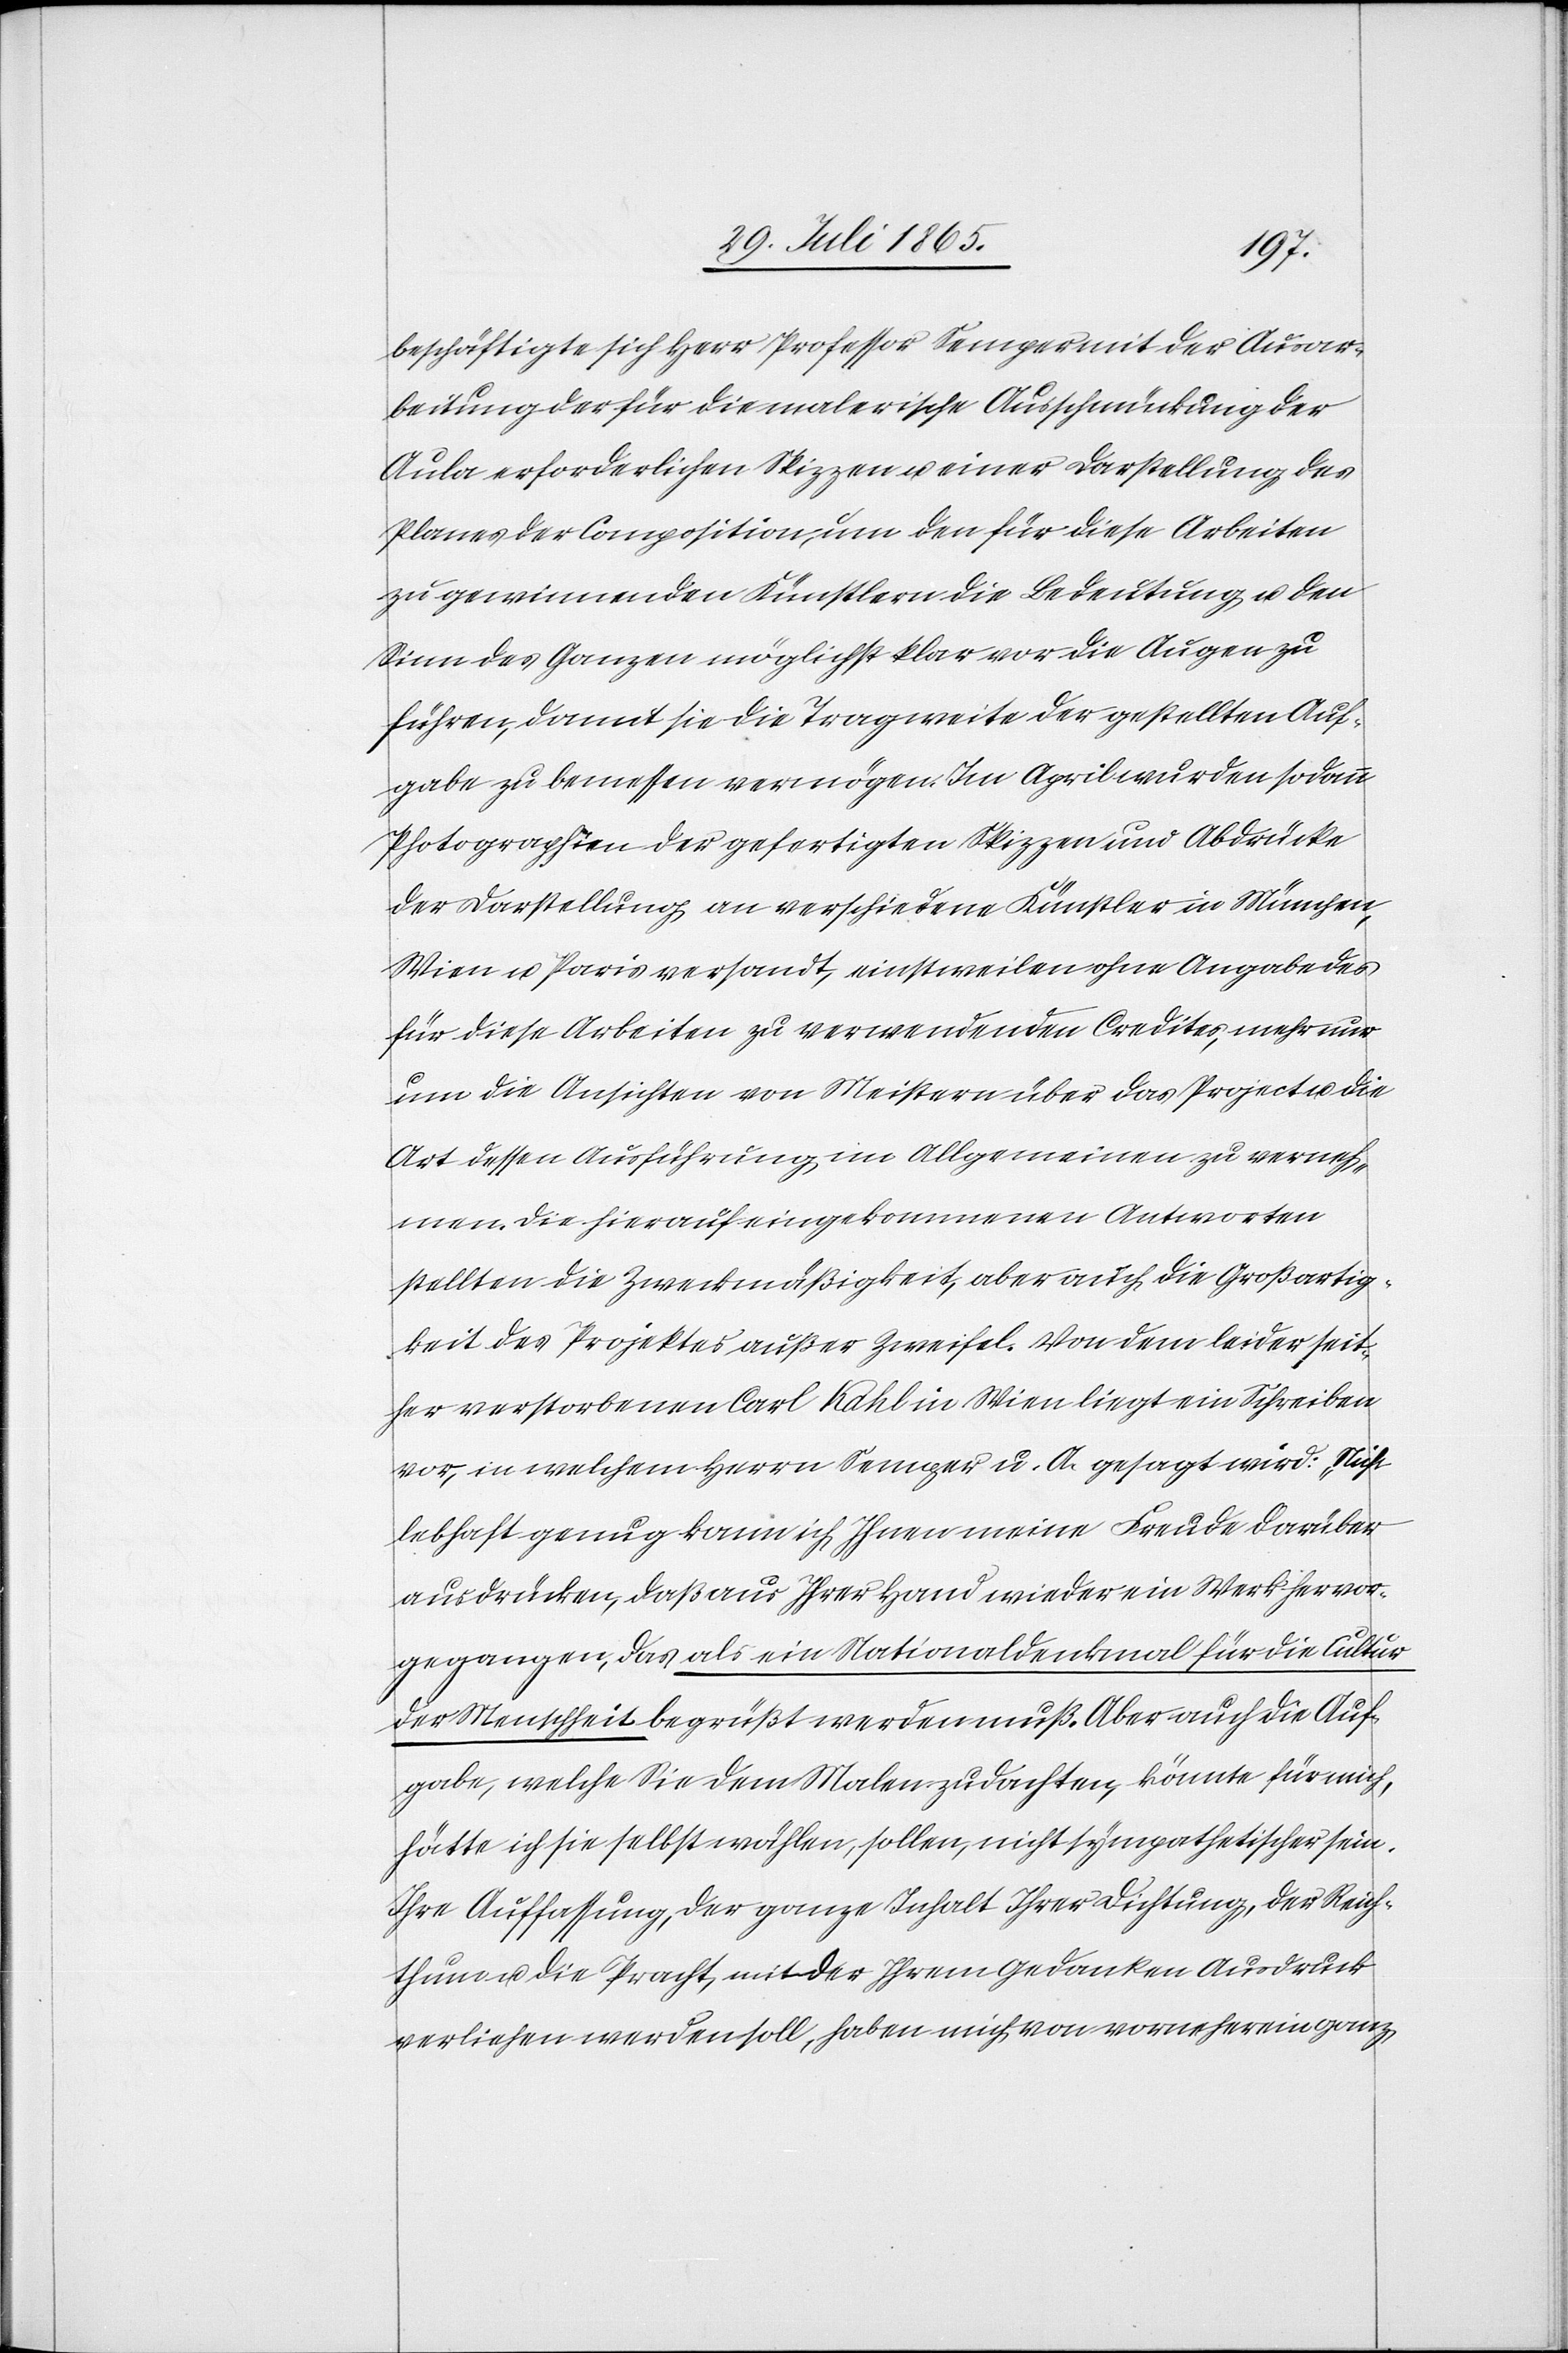
beschäftigte sich Herr Professor Semper mit der Ausar¬
beitung der für die malerische Ausschmückung der
Aula erforderlichen Skizzen u. einer Darstellung des
Planes der Composition, um den für diese Arbeiten
zu gewinnenden Künstlern die Bedeutung u. den
Sinn des Ganzen möglichst klar vor die Augen zu
führen, damit sie die Tragweite der gestellten Auf¬
gabe zu bemessen vermögen. Im April wurden sodann
Photographien der gefertigten Skizzen und Abdrücke
der Darstellung an verschiedene Künstler in München,
Wien u. Paris versandt, einstweilen ohne Angabe des
für diese Arbeiten zu verwendenden Credites, mehr nur
um die Ansichten von Meistern über das Project u. die
Art dessen Ausführung im Allgemeinen zu verneh¬
men. Die hierauf eingekommenen Antworten
stellten die Zweckmäßigkeit, aber auch die Großartig¬
keit des Projektes außer Zweifel. Von dem leider seit¬
her verstorbenen Carl Kahl in Wien liegt ein Schreiben
vor, in welchem Herrn Semper u. A. gesagt wird: „Nicht
lebhaft genug kann ich Ihnen meine Freude darüber
ausdrücken, daß aus Ihrer Hand wieder ein Werk hervor¬
gegangen, das als ein Nationaldenkmal für die Cultur
der Menschheit begrüßt werden muß. Aber auch die Auf¬
gabe, welche Sie dem Malen zudachten, könnte für mich,
hätte ich sie selbst wählen, sollen, nicht sympathetischer sein.
Ihre Auffassung, der ganze Inhalt Ihrer Dichtung, der Reich¬
thum u. die Pracht, mit der Ihrem Gedanken Ausdruck
verliehen werden soll, haben mich von vorneherein ganz